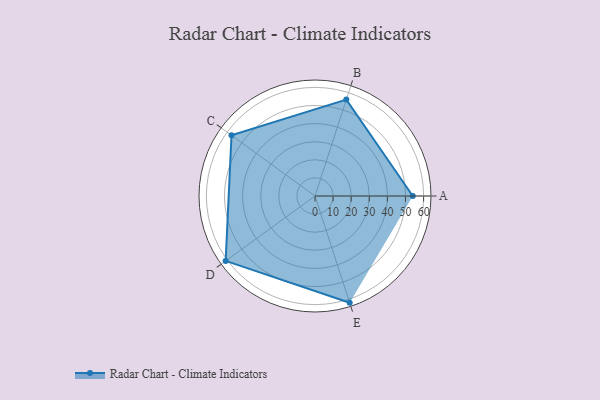
{"axis": {"x": "Skill", "y": "Score"}, "legend": ["Profile"], "data": [{"x": "A", "y": 54.0, "type": "Profile"}, {"x": "B", "y": 56.0, "type": "Profile"}, {"x": "C", "y": 57.0, "type": "Profile"}, {"x": "D", "y": 61.0, "type": "Profile"}, {"x": "E", "y": 62.0, "type": "Profile"}]}